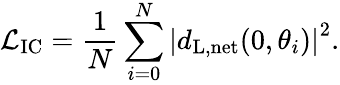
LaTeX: \mathcal{L}_{\mathrm{IC}}=\frac{1}{N}\sum_{i=0}^{N}\left|d_{\mathrm{L,net}}(0,\theta_{i})\right|^{2}.